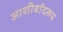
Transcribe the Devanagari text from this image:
आशीर्वादरूप